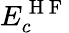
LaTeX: E_{c}^{\mathrm{~H~F~}}